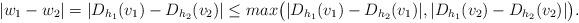
LaTeX: \begin{align*}|w_1 - w_2| = | D_{h_1}(v_1) - D_{h_2}(v_2)| \leq max \big{(} |D_{h_1}(v_1) - D_{h_2}(v_1)|, |D_{h_1}(v_2) - D_{h_2}(v_2)|\big{)}.\end{align*}